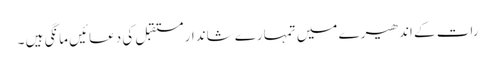
رات کے اندھیرے میں تمہارے شاندار مستقبل کی دعائیں مانگی ہیں ۔